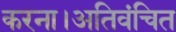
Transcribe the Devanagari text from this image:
करना।अतिवंचित